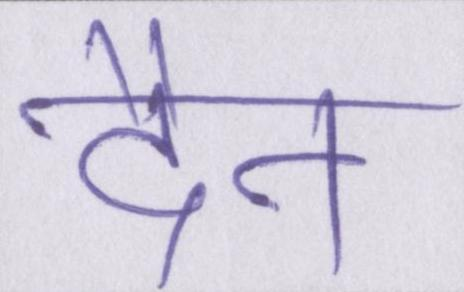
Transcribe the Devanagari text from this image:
दैन